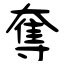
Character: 奪